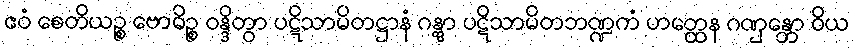
ဧဝံ စေတိယဉ္စ ဗောဓိဉ္စ ဝန္ဒိတွာ ပဋိသာမိတဋ္ဌာနံ ဂန္တွာ ပဋိသာမိတဘဏ္ဍကံ ဟတ္ထေန ဂဏှန္တော ဝိယ